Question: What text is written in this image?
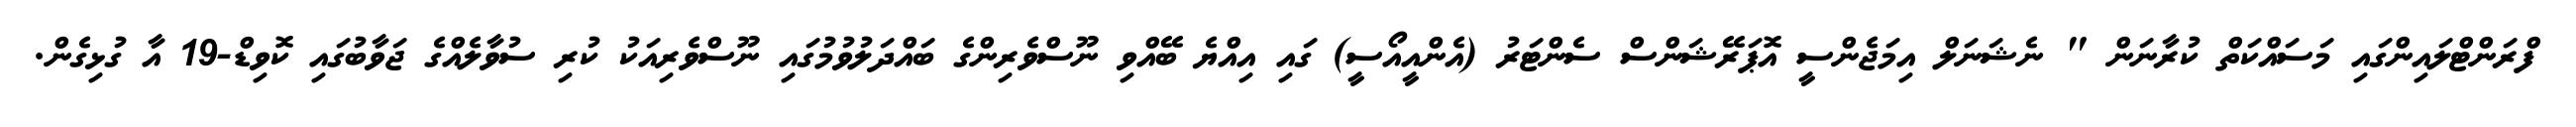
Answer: ފްރަންޓްލައިންގައި މަސައްކަތް ކުރާނަން " ނެޝަނަލް އިމަޖެންސީ އޮޕަރޭޝަންސް ސެންޓަރު (އެންއީއޯސީ) ގައި އިއްޔެ ބޭއްވި ނޫސްވެރިންގެ ބައްދަލުވުމުގައި ނޫސްވެރިއަކު ކުރި ސުވާލެއްގެ ޖަވާބުގައި ކޮވިޑް-19 އާ ގުޅިގެން.